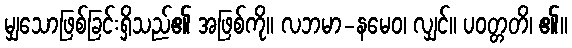
မျှသောဖြစ်ခြင်းရှိသည်၏ အဖြစ်ကို။ လဘမာ-နမေဝ၊ လျှင်။ ပဝတ္တတိ၊ ၏။